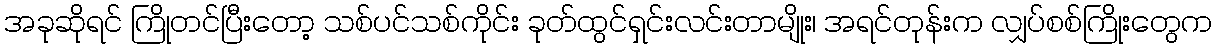
အခုဆိုရင် ကြိုတင်ပြီးတော့ သစ်ပင်သစ်ကိုင်း ခုတ်ထွင်ရှင်းလင်းတာမျိုး၊ အရင်တုန်းက လျှပ်စစ်ကြိုးတွေက